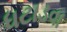
ધટાડવા